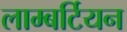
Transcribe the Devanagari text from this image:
लाम्बर्टियन